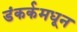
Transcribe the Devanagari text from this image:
डंकर्कमधून